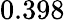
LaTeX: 0.398